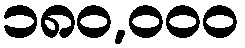
၁၈၀,၀၀၀